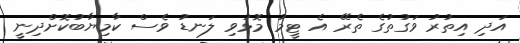
އަދި އިތުރު ވަގުތުގެ ތެރޭ އެ ޓީމު މޮޅުވި ލަނޑު ވެސް ކާމިޔާބުކޮށްދިނީ